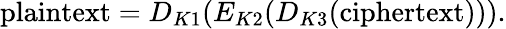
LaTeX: {\textrm{plaintext}}=D_{K1}(E_{K2}(D_{K3}({\textrm{ciphertext}}))).